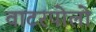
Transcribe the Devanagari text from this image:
वाटरपोलो